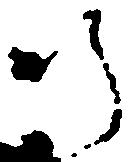
師